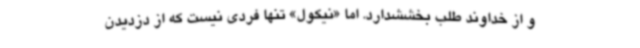
و از خداوند طلب بخششدارد. اما «نیکول» تنها فردی نیست که از دزدیدن